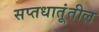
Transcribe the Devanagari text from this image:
सप्तधातूंतील